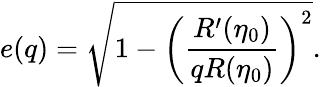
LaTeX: e(q)=\sqrt{1-\left(\frac{R^{\prime}(\eta_{0})}{qR(\eta_{0})}\right)^{2}}.